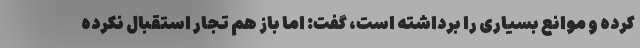
کرده و موانع بسیاری را برداشته است، گفت: اما باز هم تجار استقبال نکرده